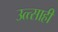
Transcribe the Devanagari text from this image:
उत्त्साही